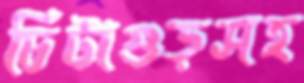
চিটাগুড়সহ